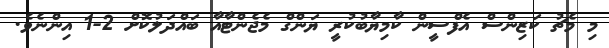
މި މެޗު ކަޒިންސް އެފްސީން ކާމިޔާބުކުރީ ޔަންގް މެޖެންޓާއާ ބައްދަލުކޮށް 2-1 އިންނެވެ.